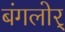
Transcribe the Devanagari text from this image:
बंगलोर्